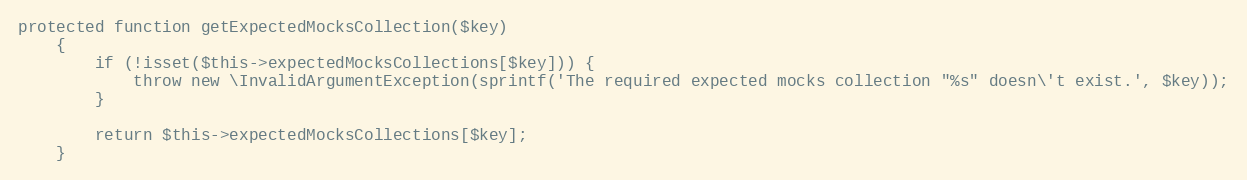
Language: PHP
protected function getExpectedMocksCollection($key)
    {
        if (!isset($this->expectedMocksCollections[$key])) {
            throw new \InvalidArgumentException(sprintf('The required expected mocks collection "%s" doesn\'t exist.', $key));
        }

        return $this->expectedMocksCollections[$key];
    }